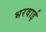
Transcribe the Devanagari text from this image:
भरवाई